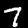
Digit: 7